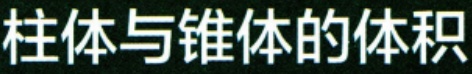
柱体与锥体的体积